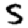
Digit: 5